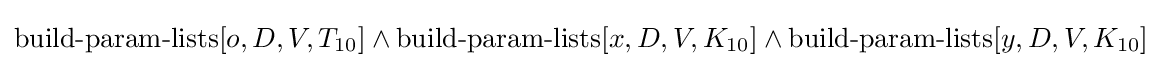
\operatorname {build-param-lists} [o,D,V,T_{10}]\land \operatorname {build-param-lists} [x,D,V,K_{10}]\land \operatorname {build-param-lists} [y,D,V,K_{10}]